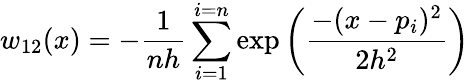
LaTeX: w_{12}(x)=-\frac{1}{nh}\sum_{i=1}^{i=n}\exp\bigg(\frac{-(x-p_{i})^{2}}{2h^{2}}\bigg)